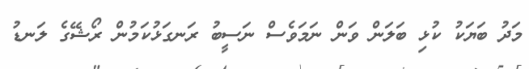
މަދު ބަޔަކު ކުޅި ބަލަން ވަން ނަމަވެސް ނަސީބު ރަނގަޅުކަމުން ރޯޝޭގެ ލަނޑު